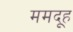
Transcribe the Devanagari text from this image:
ममदूह